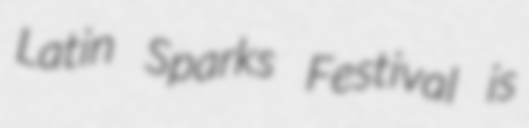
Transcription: Latin Sparks Festival is